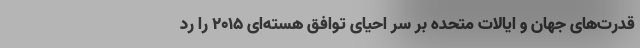
قدرت‌های جهان و ایالات متحده بر سر احیای توافق هسته‌ای ۲۰۱۵ را رد